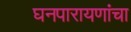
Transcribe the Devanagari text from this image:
घनपारायणांचा